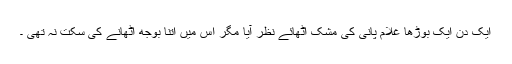
ایک دن ایک بوڑھا غلام پانی کی مشک اٹھائے نظر آیا مگر اس میں اتنا بوجھ اٹھانے کی سکت نہ تھی ۔